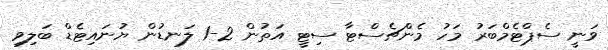
ވަނީ ސެޕްޓެމްބަރު މަހު މެންޗެސްޓާ ސިޓީ އަތުން 2-1 ލަނޑުން ޔުނައިޓެޑް ބަލިވި